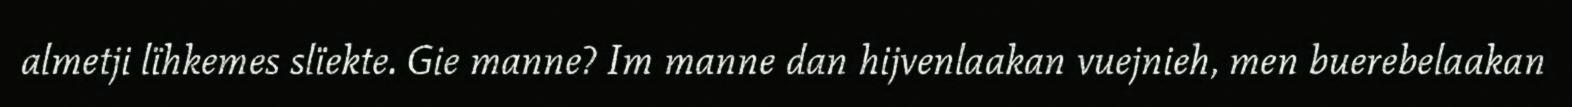
almetji lïhkemes slïekte. Gie manne? Im manne dan hijvenlaakan vuejnieh, men buerebelaakan